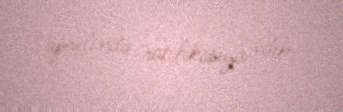
aprelində ratifikasiya edib.